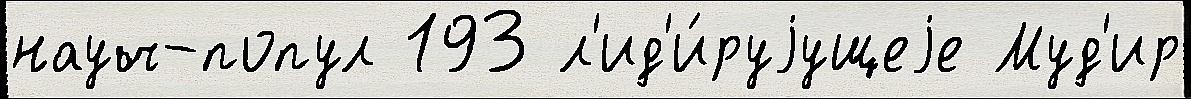
науч-попул 193 л'ид'и́руjущеjе Муд'ир